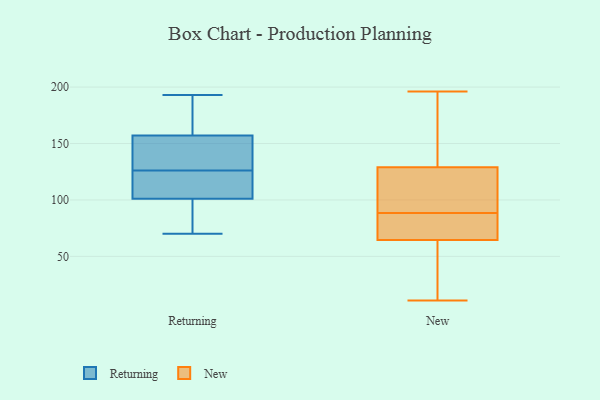
{"axis": {"x": "Headcount", "y": "Value"}, "legend": ["New", "Returning"], "data": [{"x": "", "y": 143, "type": "Returning"}, {"x": "", "y": 136, "type": "Returning"}, {"x": "", "y": 175, "type": "Returning"}, {"x": "", "y": 176, "type": "Returning"}, {"x": "", "y": 119, "type": "Returning"}, {"x": "", "y": 151, "type": "Returning"}, {"x": "", "y": 70, "type": "Returning"}, {"x": "", "y": 86, "type": "Returning"}, {"x": "", "y": 95, "type": "Returning"}, {"x": "", "y": 103, "type": "Returning"}, {"x": "", "y": 126, "type": "Returning"}, {"x": "", "y": 193, "type": "Returning"}, {"x": "", "y": 115, "type": "Returning"}, {"x": "", "y": 107, "type": "New"}, {"x": "", "y": 57, "type": "New"}, {"x": "", "y": 72, "type": "New"}, {"x": "", "y": 72, "type": "New"}, {"x": "", "y": 102, "type": "New"}, {"x": "", "y": 146, "type": "New"}, {"x": "", "y": 84, "type": "New"}, {"x": "", "y": 11, "type": "New"}, {"x": "", "y": 84, "type": "New"}, {"x": "", "y": 160, "type": "New"}, {"x": "", "y": 33, "type": "New"}, {"x": "", "y": 24, "type": "New"}, {"x": "", "y": 93, "type": "New"}, {"x": "", "y": 196, "type": "New"}, {"x": "", "y": 165, "type": "New"}, {"x": "", "y": 112, "type": "New"}]}